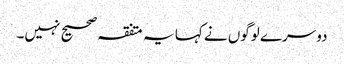
دوسرے لوگوں نے کہا یہ متفقہ صحیح نہیں۔